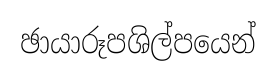
ඡායාරූපශිල්පයෙන්